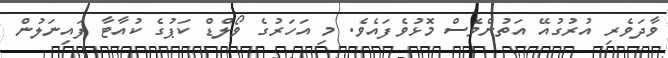
ވާދަވެރި އުރުގުއޭ އަތުންވެސް މޮޅުވެފައެވެ. މި އަހަރުގެ ވޯލްޑް ކަޕުގެ ކުއާޓާ ފައިނަލުން